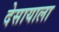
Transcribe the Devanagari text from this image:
देसायाला